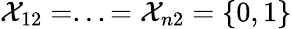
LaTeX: \mathcal{X}_{12}=...=\mathcal{X}_{n2}=\{ 0,1\}